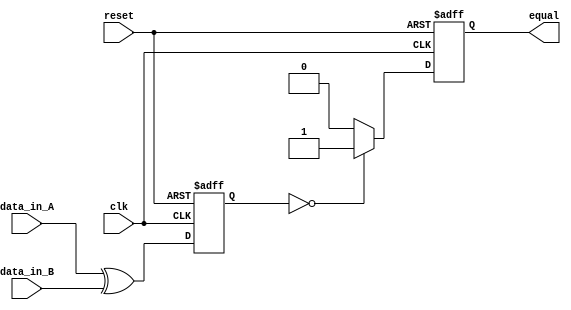
module SerialComparator (
    input wire clk,
    input wire reset,
    input wire [7:0] data_in_A,
    input wire [7:0] data_in_B,
    output reg equal
);

reg [7:0] result;

always @(posedge clk or posedge reset) begin
    if (reset) begin
        result <= 8'b0;
        equal <= 1'b0;
    end else begin
        result <= data_in_A ^ data_in_B;
        if (result == 8'b0) begin
            equal <= 1'b1;
        end else begin
            equal <= 1'b0;
        end
    end
end

endmodule